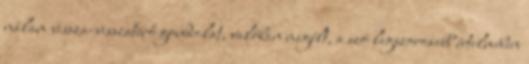
nálam vissza-visszatérő gondolat, valóban megélt, a szó legszorosabb értelmében